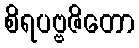
စိရပဗ္ဗဇိတော